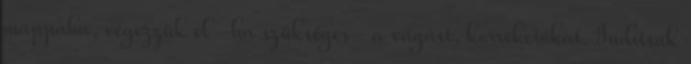
mappába, végezzük el -ha szükséges- a vágást, korrekciókat. Indítsuk